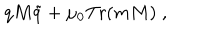
q M \tilde { q } + \mu _ { 0 } \mathrm { T r } ( m M ) \; ,